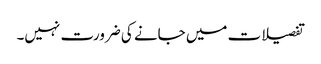
تفصیلات میں جانے کی ضرورت نہیں۔